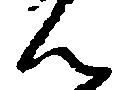
ん